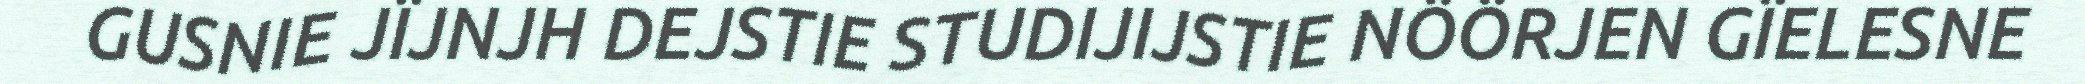
GUSNIE JÏJNJH DEJSTIE STUDIJIJSTIE NÖÖRJEN GÏELESNE